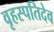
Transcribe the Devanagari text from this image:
वृहस्पतिदेव